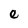
Character: e